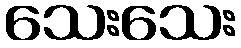
သေးသေး